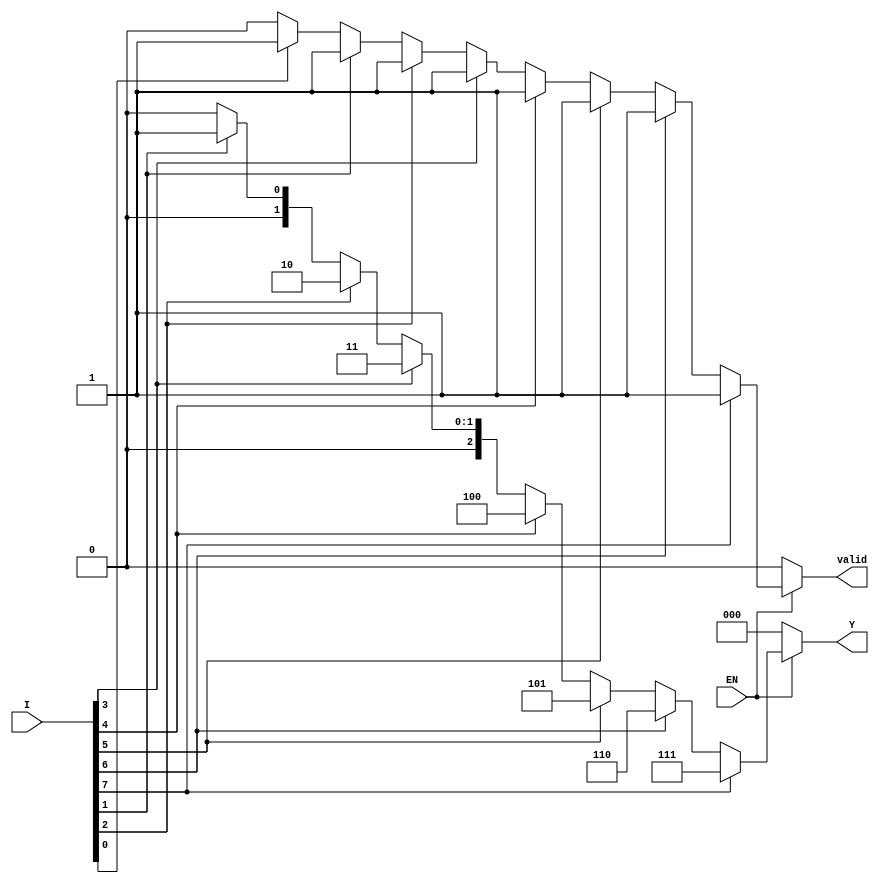
module encoder_8_to_3 (
    input wire [7:0] I,   // 8 input lines
    input wire EN,        // Enable signal
    output reg [2:0] Y,   // 3 output lines
    output reg valid       // Valid signal to indicate if output is valid
);

always @(*) begin
    if (!EN) begin
        Y = 3'b000;        // Default state when EN is low
        valid = 1'b0;     // Output is not valid
    end else begin
        case (1'b1)       // Check for the highest priority active input
            I[7]: begin Y = 3'b111; valid = 1'b1; end
            I[6]: begin Y = 3'b110; valid = 1'b1; end
            I[5]: begin Y = 3'b101; valid = 1'b1; end
            I[4]: begin Y = 3'b100; valid = 1'b1; end
            I[3]: begin Y = 3'b011; valid = 1'b1; end
            I[2]: begin Y = 3'b010; valid = 1'b1; end
            I[1]: begin Y = 3'b001; valid = 1'b1; end
            I[0]: begin Y = 3'b000; valid = 1'b1; end
            default: begin Y = 3'b000; valid = 1'b0; end // No inputs active
        endcase
    end
end

endmodule